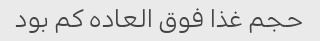
حجم غذا فوق العاده کم بود